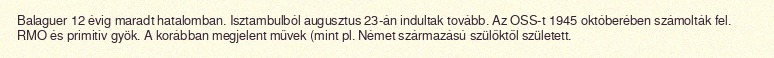
Balaguer 12 évig maradt hatalomban. Isztambulból augusztus 23-án indultak tovább. Az OSS-t 1945 októberében számolták fel. RMO és primitív gyök. A korábban megjelent művek (mint pl. Német származású szülőktől született.